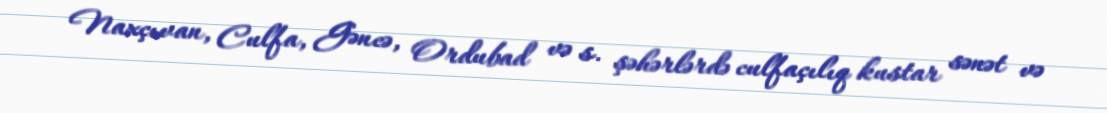
Naxçıvan, Culfa, Gəncə, Ordubad və s. şəhərlərdə culfaçılıq kustar sənət və